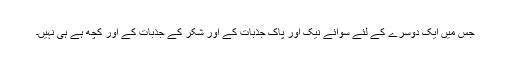
جس میں ایک دوسرے کے لئے سوائے نیک اور پاک جذبات کے اور شکر کے جذبات کے اور کچھ ہے ہی نہیں۔